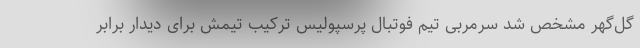
گل‌گهر مشخص شد سرمربی تیم فوتبال پرسپولیس ترکیب تیمش برای دیدار برابر